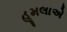
હૂમલાએ